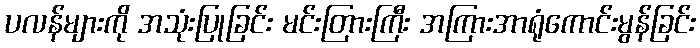
ပလန်များကို အသုံးပြုခြင်း မင်းတြားကြီး အကြားအာရုံကောင်းမွန်ခြင်း